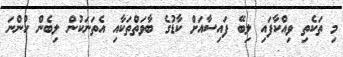
މި ތަކެތި ވިއްކާފައި ލިބޭ ފައިސާއަށް ކާޑުގެ ބާވަތްތަކާއި އެތަނަކުން ލިބެން ހުންނަ